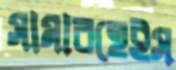
সামারহেইস